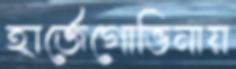
হার্জেগোভিনায়